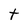
Character: t